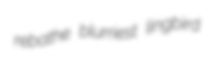
rebathe blurriest lingbird